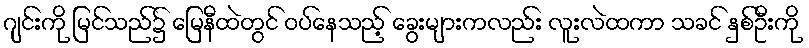
ဂျင်းကို မြင်သည်၌ မြေနီထဲတွင် ဝပ်နေသည့် ခွေးများကလည်း လူးလဲထကာ သခင် နှစ်ဦးကို